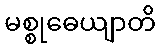
မစ္စုဓေယျာတိ